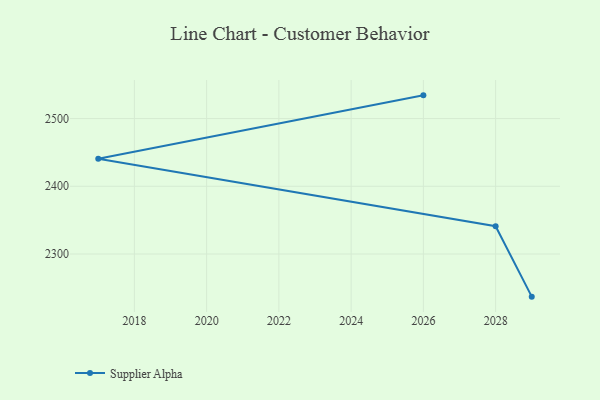
{"axis": {"x": "Year", "y": "Headcount"}, "legend": ["Supplier Alpha"], "data": [{"x": "2026", "y": 2534.3, "type": "Supplier Alpha"}, {"x": "2017", "y": 2440.6, "type": "Supplier Alpha"}, {"x": "2028", "y": 2341.0, "type": "Supplier Alpha"}, {"x": "2029", "y": 2237.0, "type": "Supplier Alpha"}]}